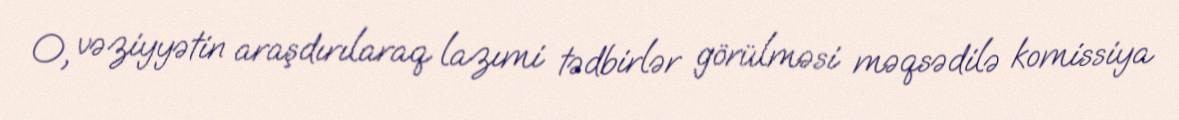
O, vəziyyətin araşdırılaraq lazımi tədbirlər görülməsi məqsədilə komissiya